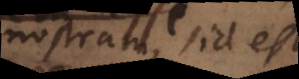
nostram, id est